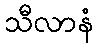
သီလာနံ